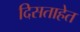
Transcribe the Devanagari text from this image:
दिसताहेत